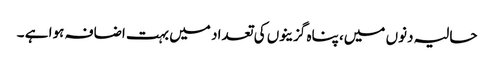
حالیہ دنوں میں، پناہ گزینوں کی تعداد میں بہت اضافہ ہوا ہے ۔